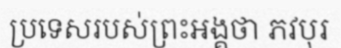
ប្រទេសរបស់ព្រះអង្គថា ភវបុរ